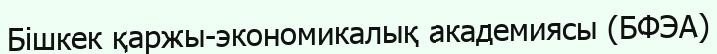
Бішкек қаржы-экономикалық академиясы (БФЭА)